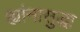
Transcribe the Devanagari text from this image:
ह्यांनासुद्धा